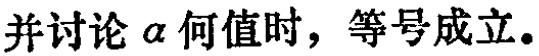
并讨论\(a\)何值时，等号成立。